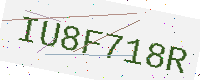
Text: IU8F718R